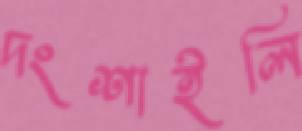
দংশাইলি